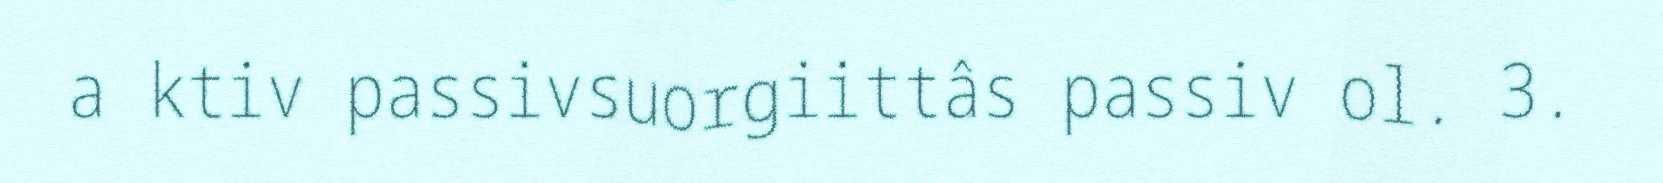
a ktiv passivsuorgiittâs passiv ol. 3.